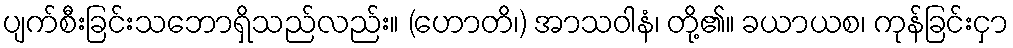
ပျက်စီးခြင်းသဘောရှိသည်လည်း။ (ဟောတိ၊) အာသဝါနံ၊ တို့၏။ ခယာယစ၊ ကုန်ခြင်းငှာ